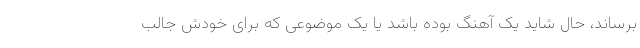
برساند، حال شاید یک آهنگ بوده باشد یا یک موضوعی که برای خودش جالب